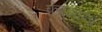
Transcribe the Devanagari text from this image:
फरझाना